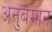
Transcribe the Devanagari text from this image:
अनुबंमान